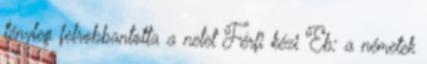
tényleg felrobbantotta a netet Férfi kézi Eb: a németek